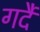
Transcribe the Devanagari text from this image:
गर्दै